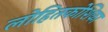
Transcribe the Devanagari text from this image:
लोहितकोशिका